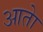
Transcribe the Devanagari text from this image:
आताे